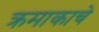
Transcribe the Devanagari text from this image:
क्रमाकाचे